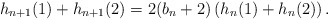
\begin{align*}h_{n+1}(1) + h_{n+1}(2) &= 2(b_n + 2)\left(h_n(1) + h_n(2)\right).\end{align*}